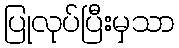
ပြုလုပ်ပြီးမှသာ